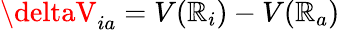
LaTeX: \deltaV_{ia}=V(\mathbb{R}_{i})-V(\mathbb{R}_{a})